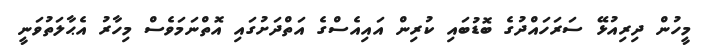
މީހުން ދިރިއުޅޭ ސަރަހައްދުގެ ބޮޑުބައި ކުރިން އައިއެސްގެ އަތްދަށުގައި އޮތްނަމަވެސް މިހާރު އެޙާލަތުވަނީ